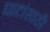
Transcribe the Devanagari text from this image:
घाटांसाठी